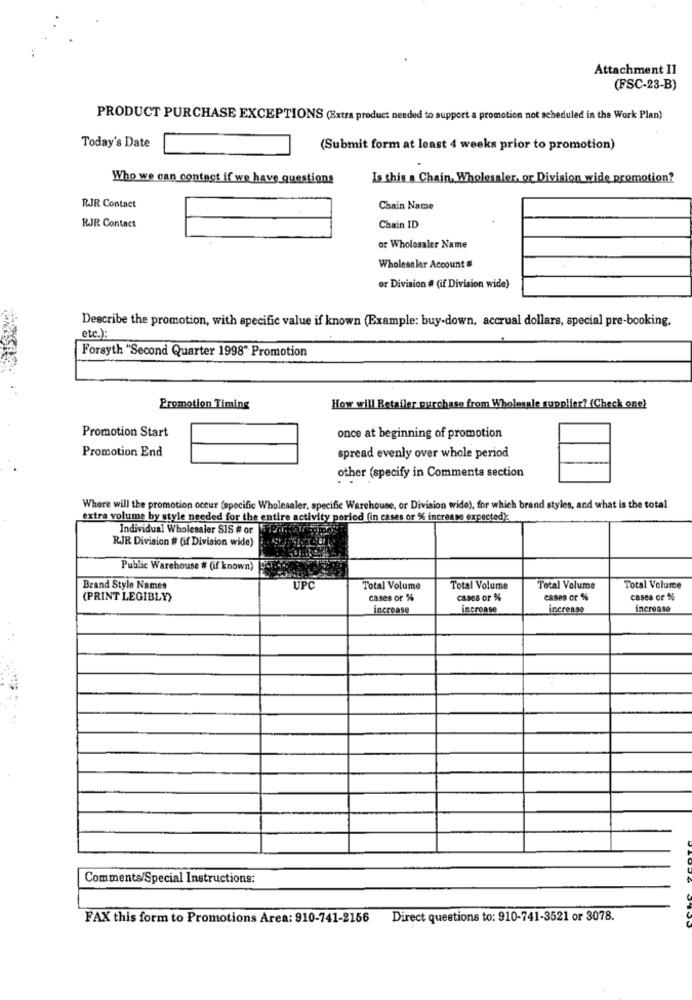
Attachment Il
(FSC-23-B)
PRODUCT PURCHASE EXCEPTIONS (Extra product needed to support a promotion not scheduled in the Work Plan)
Today's Date
(Submit form at least 4 weeks prior to promotion)
Who we can contact if we have questions
Is this a Chain, Wholesaler, or Division wide promotion?
RJR Contact
Chain Name
RJR Contact
Chain ID
or Wholesaler Name
Wholesaler Account #
or Division # (if Division wide)
Describe the promotion, with specific value if known (Example: buy-down, accrual dollars, special pre-booking.
etc.)
Forsyth "Second Quarter 1998" Promotion
Promotion Timing
How will Retailer purchase from Wholesale supplier? (Check one)
Promotion Start
once at beginning of promotion
Promotion End
spread evenly over whole period
other (specify in Comments section
Where will the promotion occur (specific Wholesaler, specific Warehouse, or Division wide), for which brand styles, and what is the total
extra volume by style needed for the entire activity period (in cases or % increase expected):
Individual Wholesaler $15 # or ud. Cu soncd
RJR Division # (if Division wide)
Public Warehouse # (if known)
Brand Style Names
UPC
Total Volume
Total Volume
Total Volume
Total Volume
(PRINT LEGIBLY)
cases or %
cases or %
cases or %
cases or %%
increase
increase
increase
increase
Comments/Special Instructions:
FAX this form to Promotions Area: 910-741-2156
Direct questions to: 910-741-3521 or 3078.